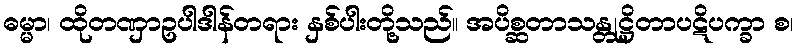
ဓမ္မာ၊ ထိုတဏှာဥပါဒါန်တရား နှစ်ပါးတို့သည်။ အပိစ္ဆတာသန္တုဋ္ဌိတာပဋိပက္ခာ စ၊